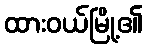
ထားဝယ်မြို့၏